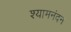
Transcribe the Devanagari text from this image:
श्यामनंदन